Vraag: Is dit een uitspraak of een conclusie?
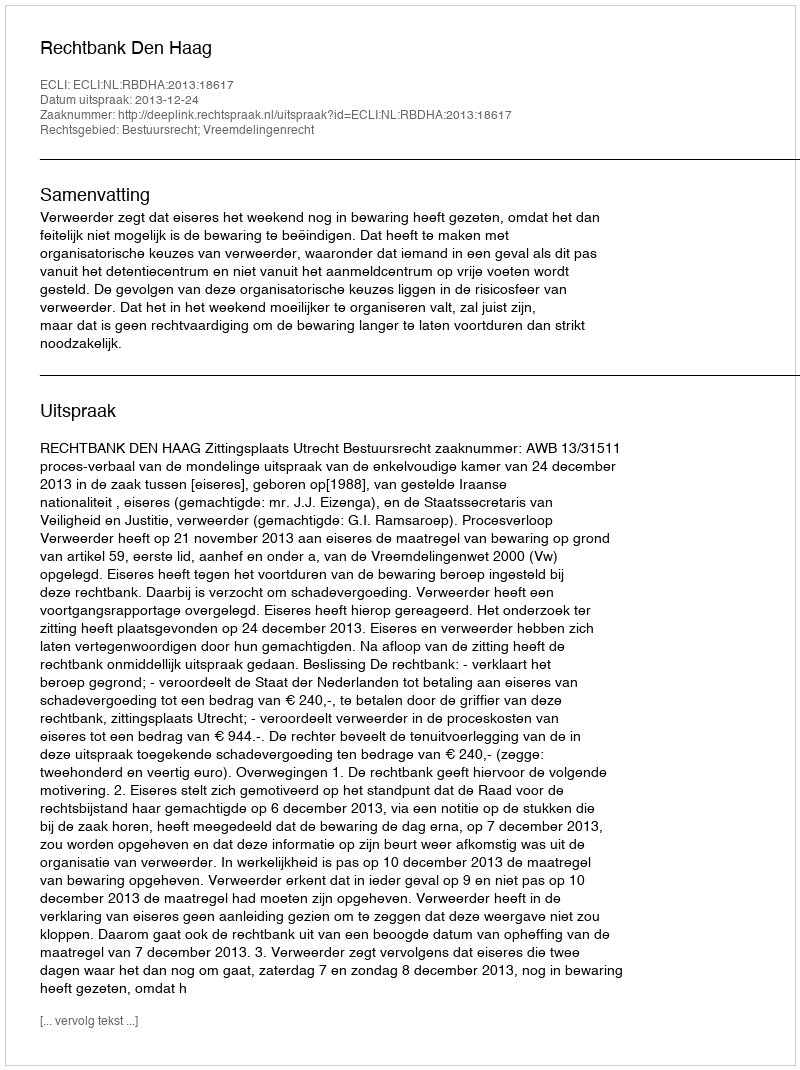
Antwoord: Uitspraak